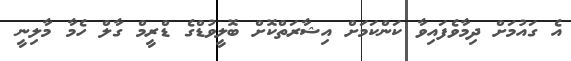
އެ ގައުމަށް ދިމާވެފައިވާ ކަންކަމަށް އިޝާރަތްކޮށް ބޮލީވުޑްގެ ޑްރީމް ގާލް ހެމާ މާލިނީ